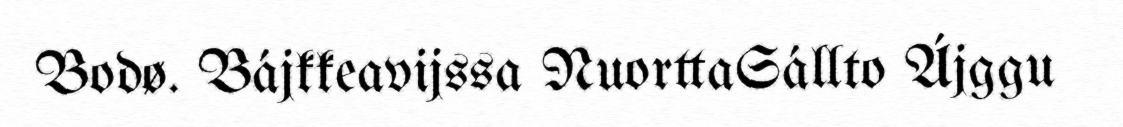
Bodø. Bájkkeavijssa NuorttaSállto Ájggu